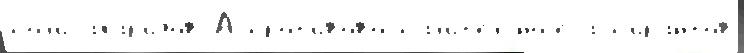
пол'исахар'и́дов А прот'ивовоспал'ит'ельноjе асп'ира́нтов